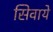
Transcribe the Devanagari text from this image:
सिवाये